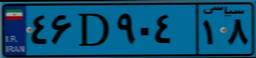
۴۶D۹۰۴۱۸